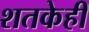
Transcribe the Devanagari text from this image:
शतकेही